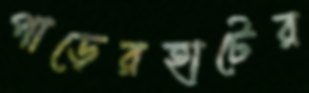
পাড়েরহাটের